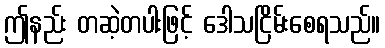
ဤနည်း တဆဲ့တပါးဖြင့် ဒေါသငြိမ်းစေရသည်။